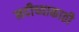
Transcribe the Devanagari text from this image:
नदीच्याकाठी